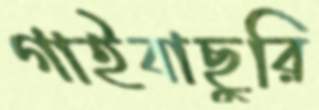
গাইবাছুরি